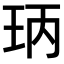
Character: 𤤝